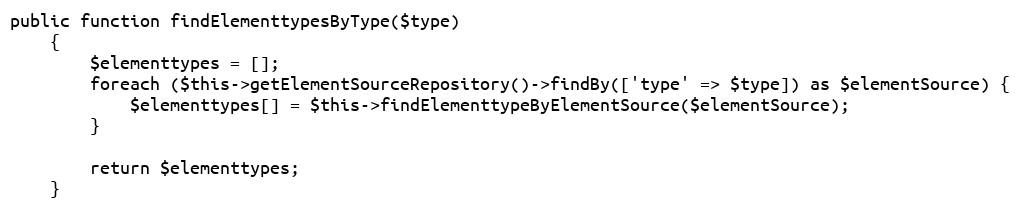
Language: PHP
public function findElementtypesByType($type)
    {
        $elementtypes = [];
        foreach ($this->getElementSourceRepository()->findBy(['type' => $type]) as $elementSource) {
            $elementtypes[] = $this->findElementtypeByElementSource($elementSource);
        }

        return $elementtypes;
    }